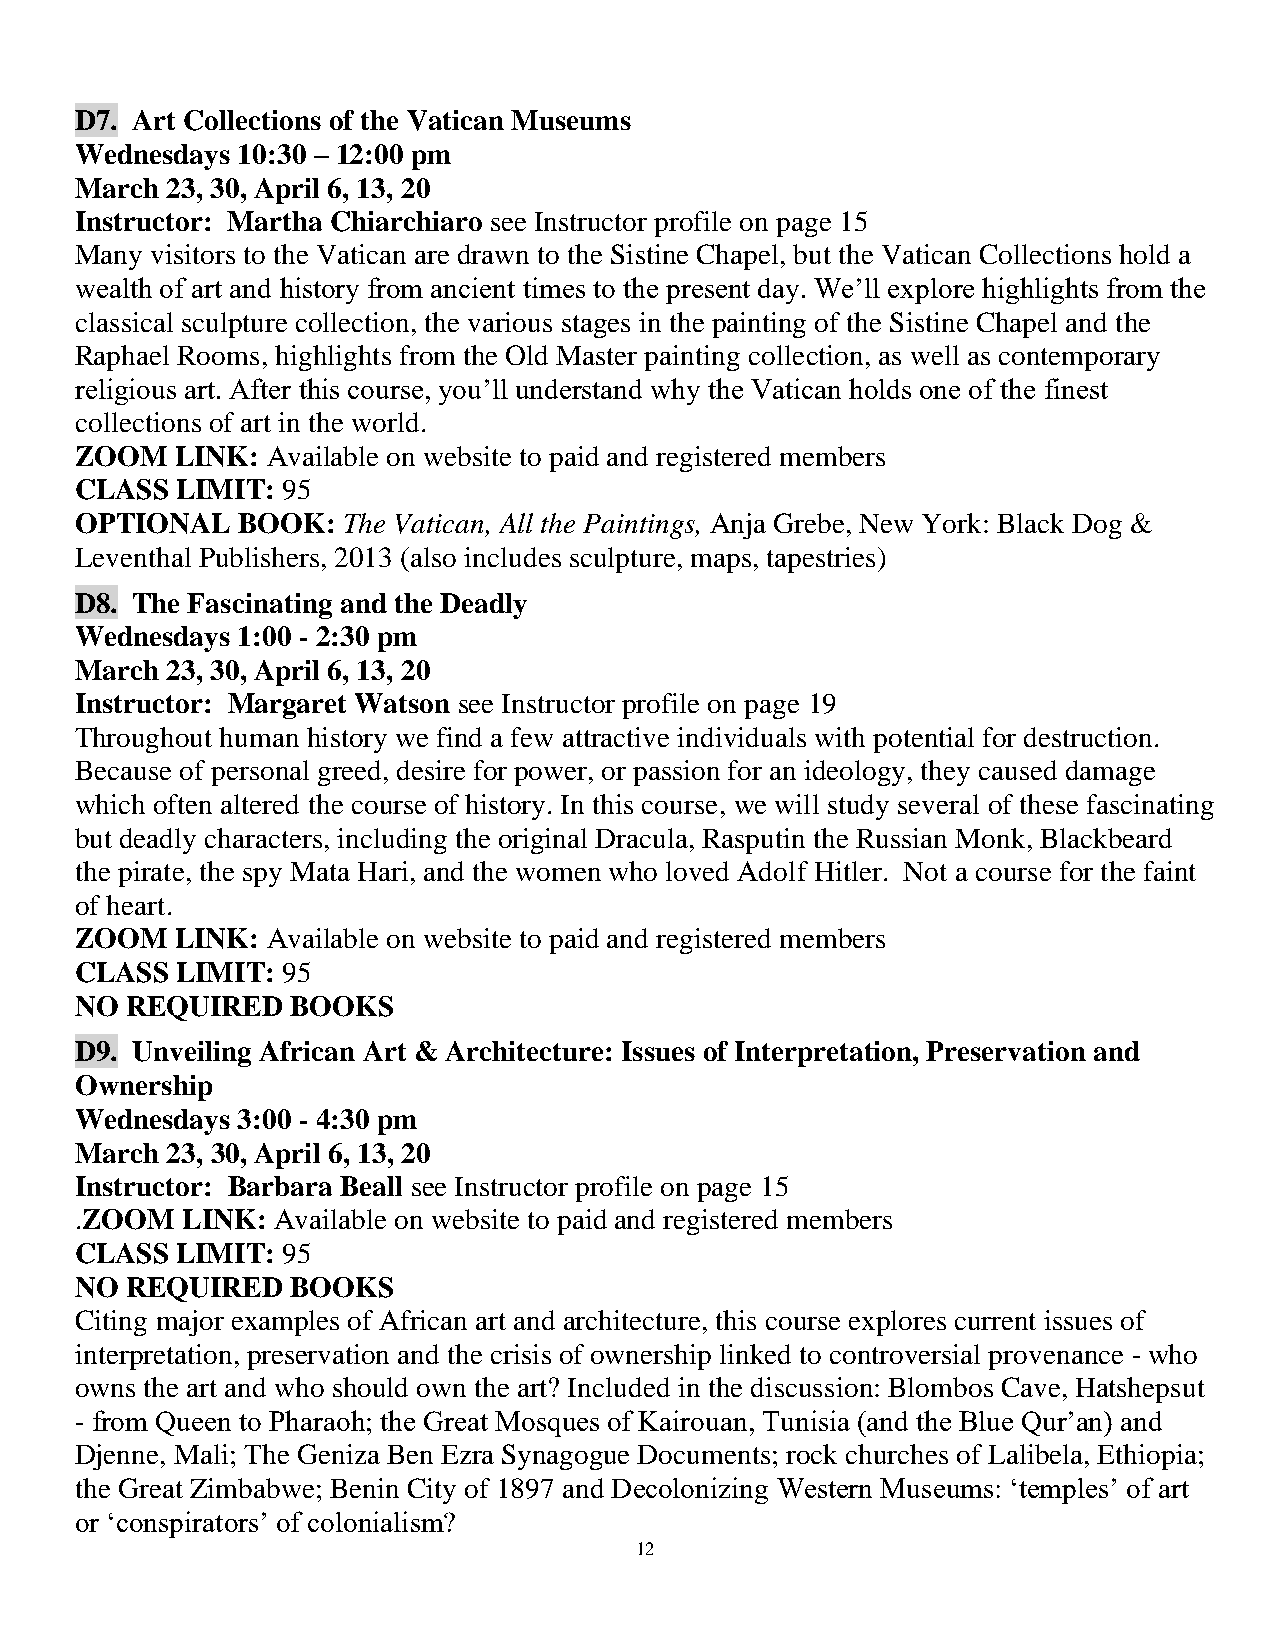
D7. Art Collections of the Vatican Museums
 Wednesdays 10:30 – 12:00 pm
 March 23, 30, April 6, 13, 20
 Instructor: Martha Chiarchiaro see Instructor profile on page 15
 Many visitors to the Vatican are drawn to the Sistine Chapel, but the Vatican Collections hold a
 wealth of art and history from ancient times to the present day. We’ll explore highlights from the
 classical sculpture collection, the various stages in the painting of the Sistine Chapel and the
 Raphael Rooms, highlights from the Old Master painting collection, as well as contemporary
 religious art. After this course, you’ll understand why the Vatican holds one of the finest
 collections of art in the world.
 ZOOM   LINK: Available on website to paid and registered members
 CLASS  LIMIT: 95
 OPTIONAL   BOOK:  The Vatican, All the Paintings, Anja Grebe, New York: Black Dog &
 Leventhal Publishers, 2013 (also includes sculpture, maps, tapestries)
 D8. The Fascinating and the Deadly
 Wednesdays 1:00 - 2:30 pm
 March 23, 30, April 6, 13, 20
 Instructor: Margaret Watson see Instructor profile on page 19
 Throughout human history we find a few attractive individuals with potential for destruction.
 Because of personal greed, desire for power, or passion for an ideology, they caused damage
 which often altered the course of history. In this course, we will study several of these fascinating
 but deadly characters, including the original Dracula, Rasputin the Russian Monk, Blackbeard
 the pirate, the spy Mata Hari, and the women who loved Adolf Hitler. Not a course for the faint
 of heart.
 ZOOM   LINK: Available on website to paid and registered members
 CLASS  LIMIT: 95
 NO REQUIRED   BOOKS
 D9. Unveiling African Art & Architecture: Issues of Interpretation, Preservation and
 Ownership
 Wednesdays 3:00 - 4:30 pm
 March 23, 30, April 6, 13, 20
 Instructor: Barbara Beall see Instructor profile on page 15
 .ZOOM  LINK: Available on website to paid and registered members
 CLASS  LIMIT: 95
 NO REQUIRED   BOOKS
 Citing major examples of African art and architecture, this course explores current issues of
 interpretation, preservation and the crisis of ownership linked to controversial provenance - who
 owns the art and who should own the art? Included in the discussion: Blombos Cave, Hatshepsut
 - from Queen to Pharaoh; the Great Mosques of Kairouan, Tunisia (and the Blue Qur’an) and
 Djenne, Mali; The Geniza Ben Ezra Synagogue Documents; rock churches of Lalibela, Ethiopia;
 the Great Zimbabwe; Benin City of 1897 and Decolonizing Western Museums: ‘temples’ of art
 or ‘conspirators’ of colonialism?
 12